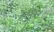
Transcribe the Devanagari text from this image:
केविडंबना